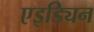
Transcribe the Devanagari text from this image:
एइड्यिन